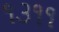
૧૩૧૧